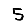
Digit: 5